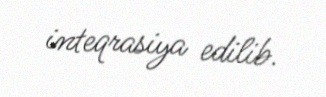
inteqrasiya edilib.